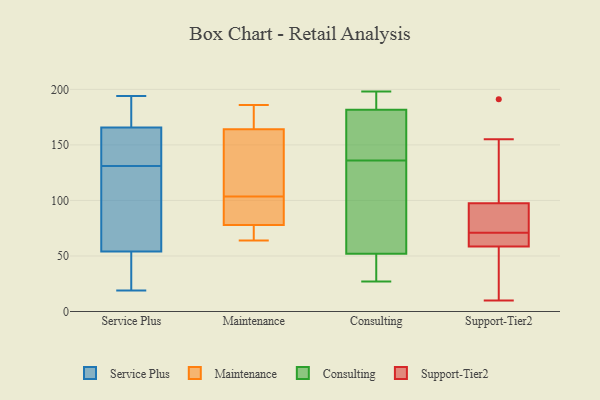
{"axis": {"x": "Operating Costs (USD K)", "y": "Value"}, "legend": ["Consulting", "Maintenance", "Service Plus", "Support-Tier2"], "data": [{"x": "", "y": 138, "type": "Service Plus"}, {"x": "", "y": 51, "type": "Service Plus"}, {"x": "", "y": 40, "type": "Service Plus"}, {"x": "", "y": 149, "type": "Service Plus"}, {"x": "", "y": 170, "type": "Service Plus"}, {"x": "", "y": 190, "type": "Service Plus"}, {"x": "", "y": 194, "type": "Service Plus"}, {"x": "", "y": 192, "type": "Service Plus"}, {"x": "", "y": 153, "type": "Service Plus"}, {"x": "", "y": 63, "type": "Service Plus"}, {"x": "", "y": 81, "type": "Service Plus"}, {"x": "", "y": 23, "type": "Service Plus"}, {"x": "", "y": 63, "type": "Service Plus"}, {"x": "", "y": 19, "type": "Service Plus"}, {"x": "", "y": 131, "type": "Service Plus"}, {"x": "", "y": 93, "type": "Maintenance"}, {"x": "", "y": 79, "type": "Maintenance"}, {"x": "", "y": 80, "type": "Maintenance"}, {"x": "", "y": 183, "type": "Maintenance"}, {"x": "", "y": 139, "type": "Maintenance"}, {"x": "", "y": 114, "type": "Maintenance"}, {"x": "", "y": 186, "type": "Maintenance"}, {"x": "", "y": 179, "type": "Maintenance"}, {"x": "", "y": 149, "type": "Maintenance"}, {"x": "", "y": 64, "type": "Maintenance"}, {"x": "", "y": 76, "type": "Maintenance"}, {"x": "", "y": 77, "type": "Maintenance"}, {"x": "", "y": 136, "type": "Consulting"}, {"x": "", "y": 43, "type": "Consulting"}, {"x": "", "y": 197, "type": "Consulting"}, {"x": "", "y": 189, "type": "Consulting"}, {"x": "", "y": 147, "type": "Consulting"}, {"x": "", "y": 160, "type": "Consulting"}, {"x": "", "y": 27, "type": "Consulting"}, {"x": "", "y": 107, "type": "Consulting"}, {"x": "", "y": 198, "type": "Consulting"}, {"x": "", "y": 39, "type": "Consulting"}, {"x": "", "y": 79, "type": "Consulting"}, {"x": "", "y": 60, "type": "Support-Tier2"}, {"x": "", "y": 64, "type": "Support-Tier2"}, {"x": "", "y": 51, "type": "Support-Tier2"}, {"x": "", "y": 86, "type": "Support-Tier2"}, {"x": "", "y": 68, "type": "Support-Tier2"}, {"x": "", "y": 71, "type": "Support-Tier2"}, {"x": "", "y": 140, "type": "Support-Tier2"}, {"x": "", "y": 86, "type": "Support-Tier2"}, {"x": "", "y": 18, "type": "Support-Tier2"}, {"x": "", "y": 100, "type": "Support-Tier2"}, {"x": "", "y": 155, "type": "Support-Tier2"}, {"x": "", "y": 90, "type": "Support-Tier2"}, {"x": "", "y": 70, "type": "Support-Tier2"}, {"x": "", "y": 84, "type": "Support-Tier2"}, {"x": "", "y": 58, "type": "Support-Tier2"}, {"x": "", "y": 50, "type": "Support-Tier2"}, {"x": "", "y": 191, "type": "Support-Tier2"}, {"x": "", "y": 114, "type": "Support-Tier2"}, {"x": "", "y": 10, "type": "Support-Tier2"}]}